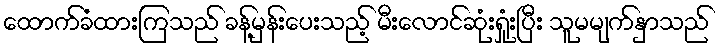
ထောက်ခံထားကြသည် ခန့်မှန်းပေးသည့် မီးလောင်ဆုံးရှုံးပြီး သူမမျက်နှာသည်